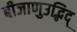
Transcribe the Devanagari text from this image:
बीजाणुउद्भिद्